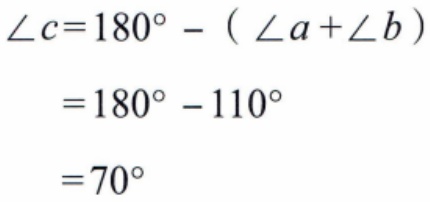
\[\begin{align*}
\angle c&=180^{\circ}-(\angle a + \angle b)\\
&=180^{\circ}-110^{\circ}\\
&=70^{\circ}
\end{align*}\]